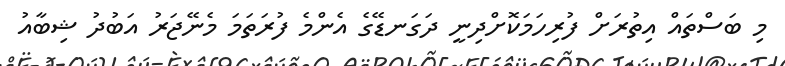
މި ބަސްތައް އިތުރަށް ފުރިހަމަކޮށްދިނީ ދަގަނޑޭގެ އެންމެ ފުރަތަމަ މެނޭޖަރު އަބުދު ޝިބާއު